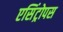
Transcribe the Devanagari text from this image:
एसिंट्रोपस